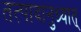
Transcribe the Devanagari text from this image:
तत्पादानुध्यात्